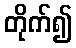
တိုက်၍